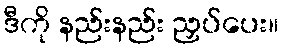
ဒီကို နည်းနည်း ညှပ်ပေး။